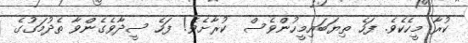
ކުރާ މީހެކެވެ. ފަހެ ތިޔަބައިމީހުންވެސް  ކުރާށެވެ! ފަހެ ސީދާވެގެންވާ ތެދުމަގުގެ